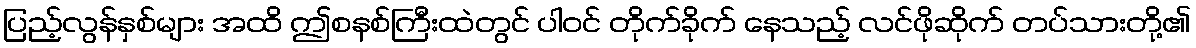
ပြည့်လွန်နှစ်များ အထိ ဤစနစ်ကြီးထဲတွင် ပါဝင် တိုက်ခိုက် နေသည့် လင်ဖိုဆိုက် တပ်သားတို့၏